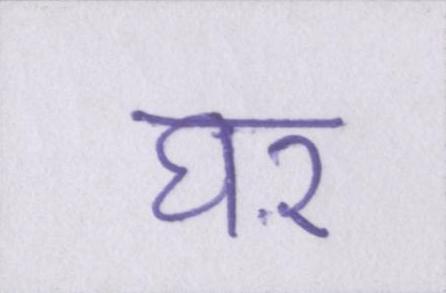
घऱ